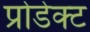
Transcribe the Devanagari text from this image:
प्रोडेक्ट